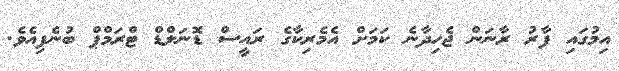
އިމުގައި ފާރު ރާނަން ޖެހިދާނެ ކަމަށް އެމެރިކާގެ ރައީސް ޑޮނަލްޑް ޓްރަމްޕް ބުނެފިއެވެ.